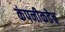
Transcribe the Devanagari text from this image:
कंपनीकडेच